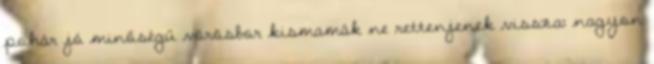
pohár jó minőségű vörösbor kismamák ne rettenjenek vissza: nagyon